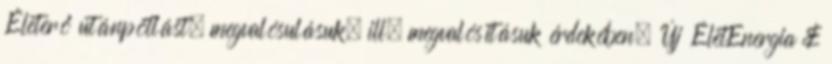
Életerő utánpótlást, megvalósulásuk, ill. megvalósításuk érdekében. Új ÉletEnergia &